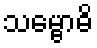
သမ္ဗောဓိ